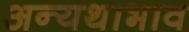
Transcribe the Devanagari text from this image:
अन्यथाभाव